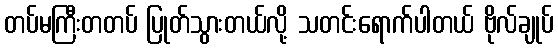
တပ်မကြီးတတပ် ပြုတ်သွားတယ်လို့ သတင်းရောက်ပါတယ် ဗိုလ်ချုပ်